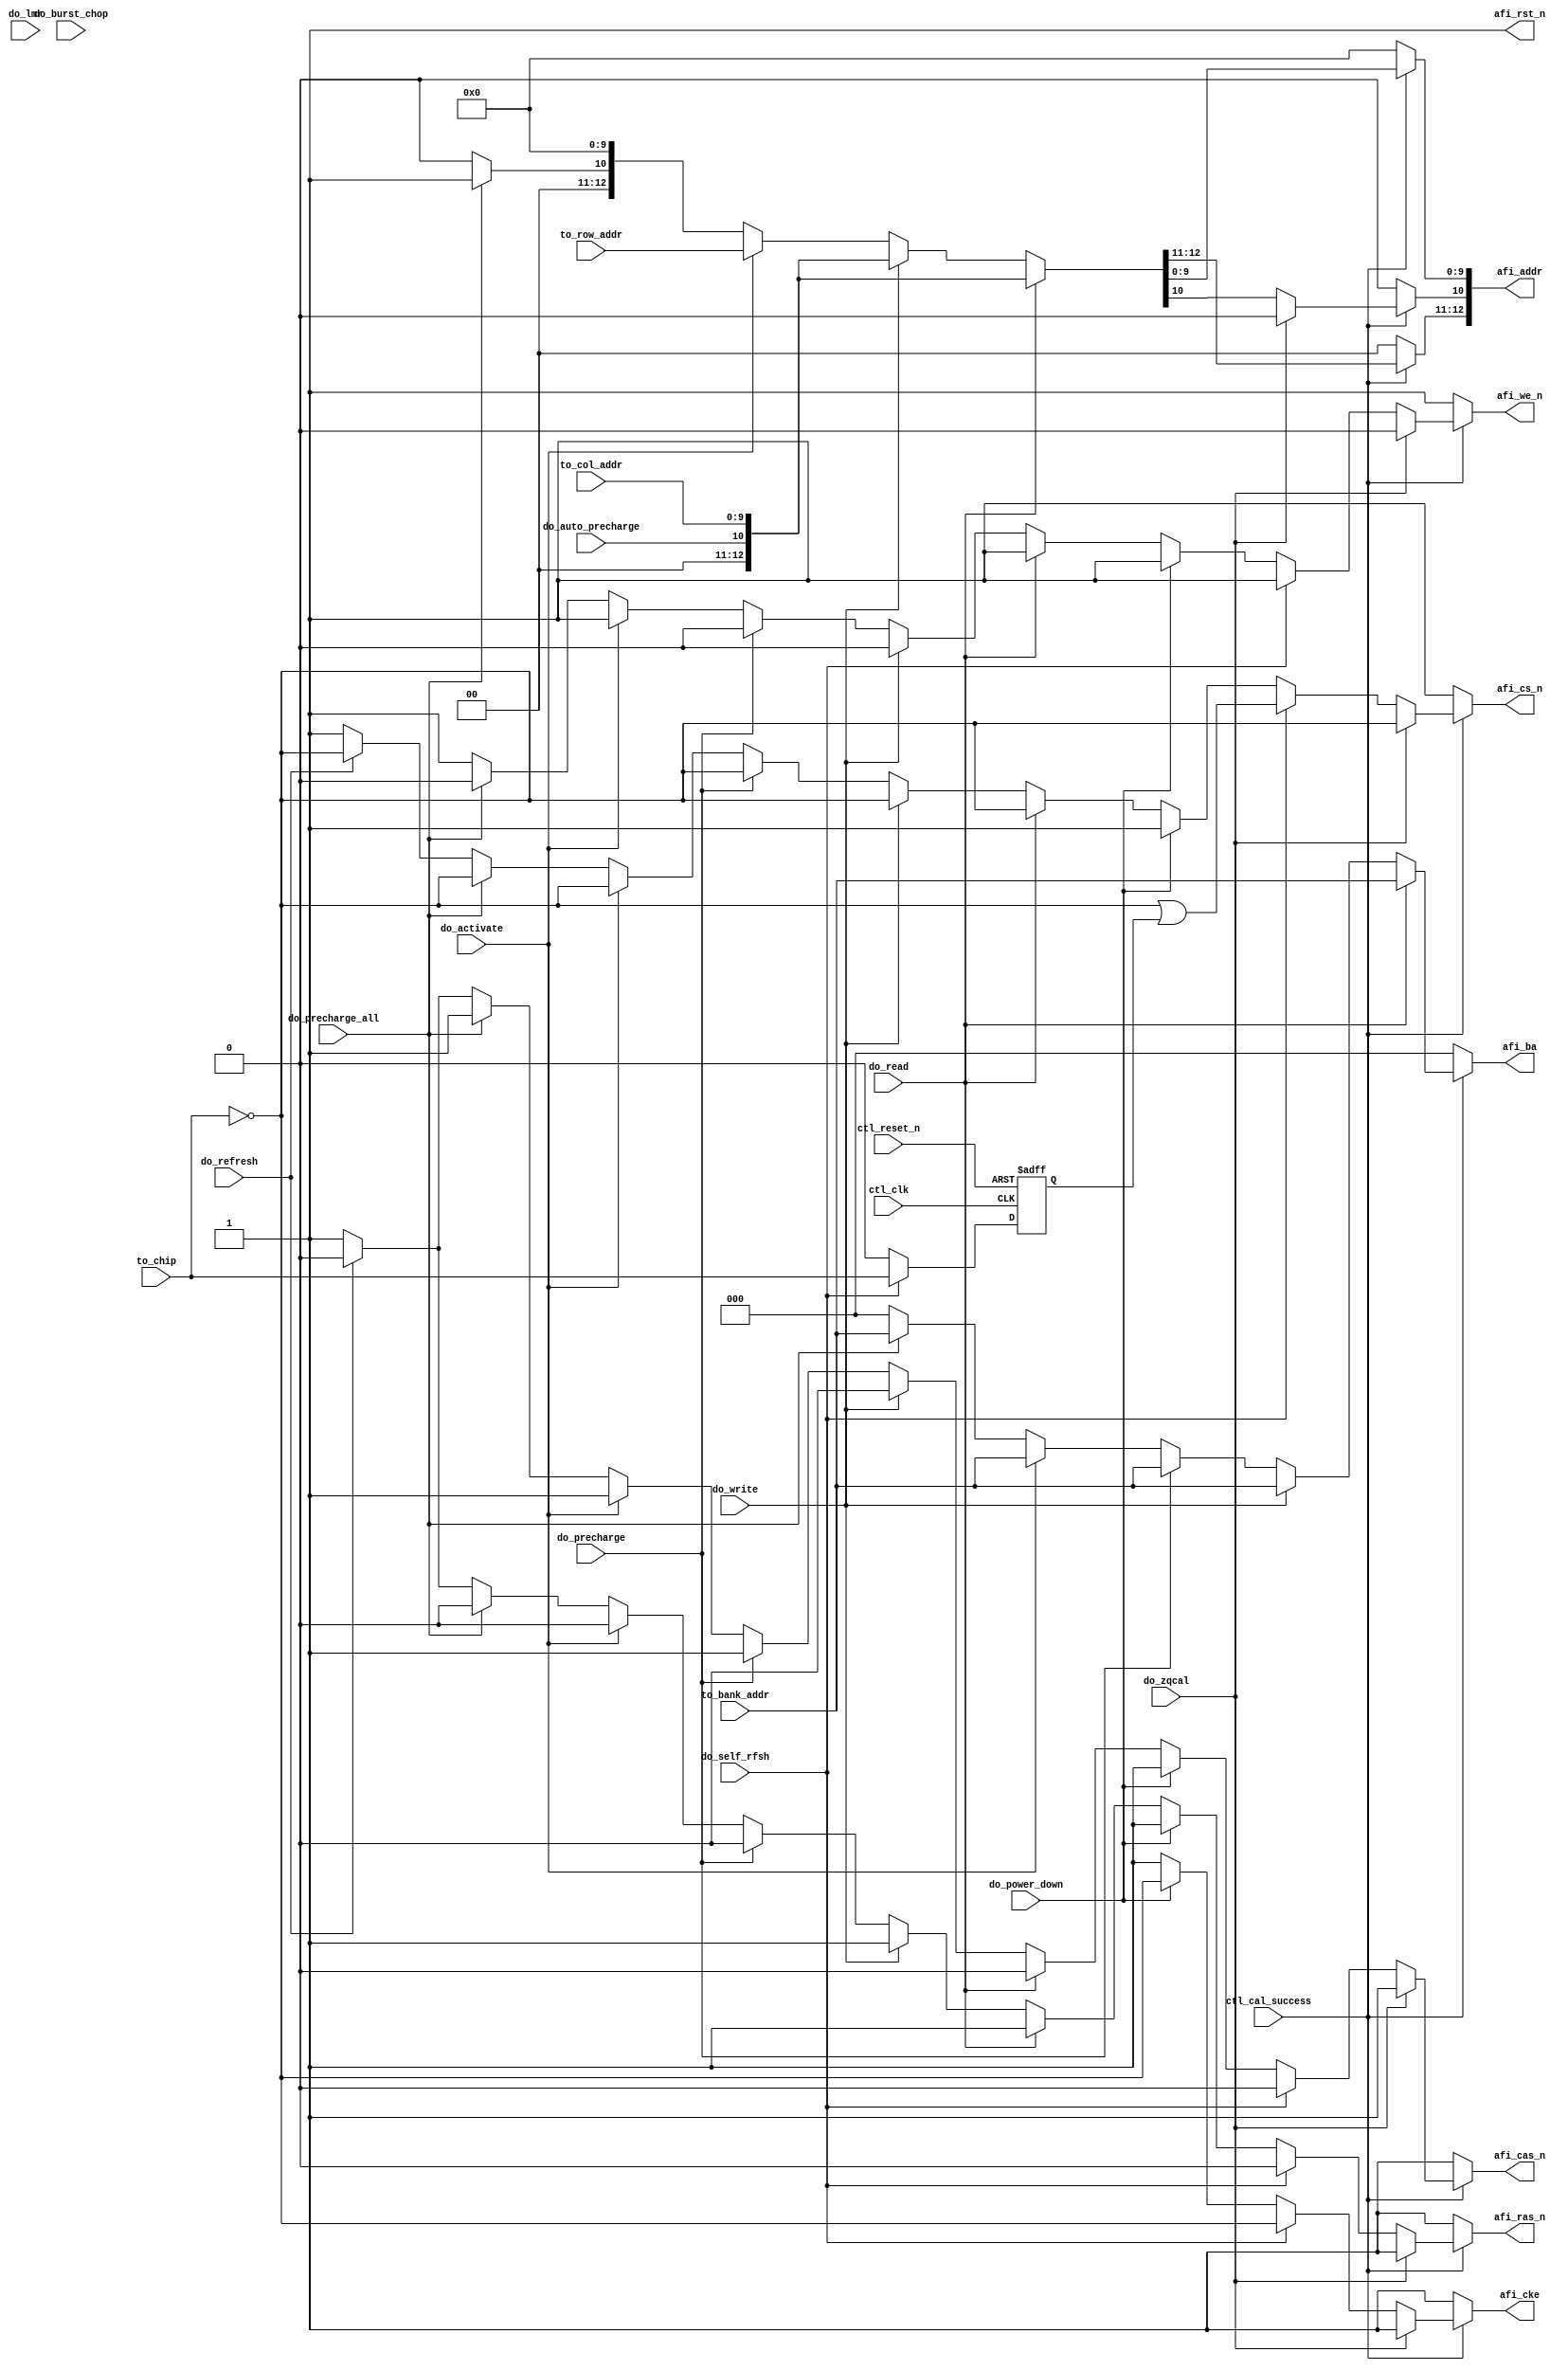
// (C) 2001-2011 Altera Corporation. All rights reserved.
// Your use of Altera Corporation's design tools, logic functions and other 
// software and tools, and its AMPP partner logic functions, and any output 
// files any of the foregoing (including device programming or simulation 
// files), and any associated documentation or information are expressly subject 
// to the terms and conditions of the Altera Program License Subscription 
// Agreement, Altera MegaCore Function License Agreement, or other applicable 
// license agreement, including, without limitation, that your use is for the 
// sole purpose of programming logic devices manufactured by Altera and sold by 
// Altera or its authorized distributors.  Please refer to the applicable 
// agreement for further details.




`timescale 1 ps / 1 ps
// altera message_off 10036
module ddr2_v10_1_0002_alt_ddrx_addr_cmd
    # (parameter
    
        MEM_IF_CS_WIDTH     = 1,
        MEM_IF_CKE_WIDTH    = 1,  
        MEM_IF_ADDR_WIDTH   = 13, 
        MEM_IF_ROW_WIDTH    = 13, 
        MEM_IF_COL_WIDTH    = 10, 
        MEM_IF_BA_WIDTH     = 3,  
        MEM_TYPE            = "DDR2",
        MEM_IF_PCHADDR_BIT  = 10,
        CTL_OUTPUT_REGD     = 0,
        DWIDTH_RATIO        = 2
    
    )
    (
    
        ctl_clk,
        ctl_reset_n,
        ctl_cal_success,
        
        do_write,
        do_read,
        do_auto_precharge,
        do_burst_chop,
        do_activate,
        do_precharge,
        do_refresh,
        do_power_down,
        do_self_rfsh,
        do_lmr,
        do_precharge_all,
        do_zqcal,
        
        to_chip, 
        to_bank_addr,
        to_row_addr,
        to_col_addr,
        
        afi_cke,
        afi_cs_n,
        afi_ras_n,
        afi_cas_n,
        afi_we_n,
        afi_ba,
        afi_addr,
        afi_rst_n
    );
    
    input ctl_clk;
    input ctl_reset_n;
    input ctl_cal_success;
    
    input do_write;
    input do_read;
    input do_auto_precharge;
    input do_burst_chop;
    input do_activate;
    input do_precharge;
    input do_refresh;
    input do_power_down;
    input do_self_rfsh;
    input do_lmr;
    input do_precharge_all;
    input do_zqcal;
    
    input   [MEM_IF_CS_WIDTH-1:0]   to_chip;
    input   [MEM_IF_BA_WIDTH-1:0]   to_bank_addr;
    input   [MEM_IF_ROW_WIDTH-1:0]  to_row_addr;
    input   [MEM_IF_COL_WIDTH-1:0]  to_col_addr;
    
    output  [(MEM_IF_CKE_WIDTH * (DWIDTH_RATIO/2)) - 1:0]   afi_cke;
    output  [(MEM_IF_CS_WIDTH * (DWIDTH_RATIO/2)) - 1:0]    afi_cs_n;
    output  [(DWIDTH_RATIO/2) - 1:0]                        afi_ras_n;
    output  [(DWIDTH_RATIO/2) - 1:0]                        afi_cas_n;
    output  [(DWIDTH_RATIO/2) - 1:0]                        afi_we_n;
    output  [(MEM_IF_BA_WIDTH * (DWIDTH_RATIO/2)) - 1:0]    afi_ba;
    output  [(MEM_IF_ADDR_WIDTH * (DWIDTH_RATIO/2)) - 1:0]  afi_addr;
    output  [(DWIDTH_RATIO/2) - 1:0]                        afi_rst_n;
    
    wire do_write;
    wire do_read;
    wire do_activate;
    wire do_precharge;
    wire do_refresh;
    wire do_power_down;
    wire do_self_rfsh;
    wire do_lmr;
    wire do_auto_precharge;
    wire do_precharge_all;
    
    wire    [(MEM_IF_CKE_WIDTH * (DWIDTH_RATIO/2)) - 1:0]   afi_cke;
    wire    [(MEM_IF_CS_WIDTH * (DWIDTH_RATIO/2)) - 1:0]    afi_cs_n;
    wire    [(DWIDTH_RATIO/2) - 1:0]                        afi_ras_n;
    wire    [(DWIDTH_RATIO/2) - 1:0]                        afi_cas_n;
    wire    [(DWIDTH_RATIO/2) - 1:0]                        afi_we_n;
    wire    [(MEM_IF_BA_WIDTH * (DWIDTH_RATIO/2)) - 1:0]    afi_ba;
    wire    [(MEM_IF_ADDR_WIDTH * (DWIDTH_RATIO/2)) - 1:0]  afi_addr;
    wire    [(DWIDTH_RATIO/2) - 1:0]                        afi_rst_n;
    
    reg [(MEM_IF_CKE_WIDTH) - 1:0]      int_cke;
    reg [(MEM_IF_CKE_WIDTH) - 1:0]      int_cke_r;
    reg [(MEM_IF_CS_WIDTH) - 1:0]       int_cs_n;
    reg                                 int_ras_n;
    reg                                 int_cas_n;
    reg                                 int_we_n;
    reg [(MEM_IF_BA_WIDTH) - 1:0]       int_ba;
    reg [(MEM_IF_ADDR_WIDTH) - 1:0]     int_addr;
    
    reg [(MEM_IF_CKE_WIDTH) - 1:0]      combi_cke;
    reg [(MEM_IF_CS_WIDTH) - 1:0]       combi_cs_n;
    reg                                 combi_ras_n;
    reg                                 combi_cas_n;
    reg                                 combi_we_n;
    reg [(MEM_IF_BA_WIDTH) - 1:0]       combi_ba;
    reg [(MEM_IF_ADDR_WIDTH) - 1:0]     combi_addr;
    
    wire    [(MEM_IF_ADDR_WIDTH) - 1:0] int_row;
    wire    [(MEM_IF_ADDR_WIDTH) - 1:0] temp_col;
    wire    [(MEM_IF_ADDR_WIDTH) - 1:0] int_col;

    reg [MEM_IF_CS_WIDTH-1:0]   chip_in_self_rfsh;
    
    assign int_row = {{(MEM_IF_ADDR_WIDTH - MEM_IF_ROW_WIDTH){1'b0}},to_row_addr};
    assign temp_col = {{(MEM_IF_ADDR_WIDTH - MEM_IF_COL_WIDTH){1'b0}},to_col_addr};
    assign afi_rst_n = {(DWIDTH_RATIO/2){1'b1}};
    
    generate
        if (MEM_TYPE == "DDR3" && MEM_IF_ADDR_WIDTH-3 < 11)
            assign int_col = {~do_burst_chop,temp_col[10:MEM_IF_PCHADDR_BIT],do_auto_precharge,temp_col[MEM_IF_PCHADDR_BIT-1:0]};
        else if (MEM_TYPE == "DDR3")
            assign int_col = {temp_col[MEM_IF_ADDR_WIDTH-3:11],~do_burst_chop,temp_col[10:MEM_IF_PCHADDR_BIT],do_auto_precharge,temp_col[MEM_IF_PCHADDR_BIT-1:0]};
        else if (MEM_IF_ADDR_WIDTH-2 < MEM_IF_PCHADDR_BIT)
            assign int_col = {do_auto_precharge,temp_col[MEM_IF_PCHADDR_BIT-1:0]};
        else
            assign int_col = {temp_col[MEM_IF_ADDR_WIDTH-2:MEM_IF_PCHADDR_BIT],do_auto_precharge,temp_col[MEM_IF_PCHADDR_BIT-1:0]};
    endgenerate
    
    generate
        if (DWIDTH_RATIO == 2)
            begin
                assign afi_cke      = int_cke;
                assign afi_cs_n     = int_cs_n;
                assign afi_ras_n    = int_ras_n;
                assign afi_cas_n    = int_cas_n;
                assign afi_we_n     = int_we_n;
                assign afi_ba       = int_ba;
                assign afi_addr     = int_addr;
            end
        else
            begin
                assign afi_cke      = {int_cke,int_cke_r};
                assign afi_cs_n     = {int_cs_n,{MEM_IF_CS_WIDTH{1'b1}}};
                assign afi_ras_n    = {int_ras_n,int_ras_n};
                assign afi_cas_n    = {int_cas_n,int_cas_n};
                assign afi_we_n     = {int_we_n,int_we_n};
                assign afi_ba       = {int_ba,int_ba};
                assign afi_addr     = {int_addr,int_addr};
            end
    endgenerate
    
    always @(posedge ctl_clk, negedge ctl_reset_n)
        begin
            if (!ctl_reset_n)
                int_cke_r   <=  {(MEM_IF_CKE_WIDTH){1'b0}};
            else
                int_cke_r   <=  int_cke;
        end
   
    always @(posedge ctl_clk, negedge ctl_reset_n)
        begin
            if (!ctl_reset_n)
                chip_in_self_rfsh   <=  {(MEM_IF_CS_WIDTH){1'b0}};
            else
                if (do_self_rfsh)
                    chip_in_self_rfsh   <=  to_chip;
                else
                    chip_in_self_rfsh   <=  {(MEM_IF_CS_WIDTH){1'b0}};
        end
   


    generate
        if (CTL_OUTPUT_REGD == 1)
            begin
                always @(posedge ctl_clk, negedge ctl_reset_n)
                    begin
                        if (!ctl_reset_n)
                            begin
                                int_cke     <=  {(MEM_IF_CKE_WIDTH){1'b1}};
                                int_cs_n    <=  {(MEM_IF_CS_WIDTH){1'b1}};
                                int_ras_n   <=  1'b1;
                                int_cas_n   <=  1'b1;
                                int_we_n    <=  1'b1;
                                int_ba      <=  {(MEM_IF_BA_WIDTH){1'b0}};
                                int_addr    <=  {(MEM_IF_ADDR_WIDTH){1'b0}};
                            end
                        else
                            begin
                                int_cke     <=  combi_cke;
                                int_cs_n    <=  combi_cs_n;
                                int_ras_n   <=  combi_ras_n;
                                int_cas_n   <=  combi_cas_n;
                                int_we_n    <=  combi_we_n;
                                int_ba      <=  combi_ba;
                                int_addr    <=  combi_addr;
                            end
                    end
            end
        else 
            begin
                always @(*)
                    begin
                        int_cke     <=  combi_cke;
                        int_cs_n    <=  combi_cs_n;
                        int_ras_n   <=  combi_ras_n;
                        int_cas_n   <=  combi_cas_n;
                        int_we_n    <=  combi_we_n;
                        int_ba      <=  combi_ba;
                        int_addr    <=  combi_addr;
                    end
            end
    endgenerate
    
    always @(*)
        begin
            if (ctl_cal_success)
                begin
                    combi_cke     =   {(MEM_IF_CKE_WIDTH){1'b1}};
                    combi_cs_n    =   {(MEM_IF_CS_WIDTH){1'b1}};
                    combi_ras_n   =   1'b1;
                    combi_cas_n   =   1'b1;
                    combi_we_n    =   1'b1;
                    combi_ba      =   {(MEM_IF_BA_WIDTH){1'b0}};
                    combi_addr    =   {(MEM_IF_ADDR_WIDTH){1'b0}};
                    
                    if (do_refresh)
                        begin
                            combi_cke     =  {(MEM_IF_CKE_WIDTH){1'b1}};
                            combi_cs_n    =  ~to_chip;
                            combi_ras_n   =  1'b0;
                            combi_cas_n   =  1'b0;
                            combi_we_n    =  1'b1;
                        end
                    
                    if (do_precharge_all)
                        begin
                            combi_cke     =  {(MEM_IF_CKE_WIDTH){1'b1}};
                            combi_cs_n    =  ~to_chip;
                            combi_ras_n   =  1'b0;
                            combi_cas_n   =  1'b1;
                            combi_we_n    =  1'b0;
                            combi_ba      =  to_bank_addr;
                            combi_addr[10]=  1'b1;
                        end
                    
                    if (do_activate)
                        begin
                            combi_cke     =  {(MEM_IF_CKE_WIDTH){1'b1}};
                            combi_cs_n    =  ~to_chip;
                            combi_ras_n   =  1'b0;
                            combi_cas_n   =  1'b1;
                            combi_we_n    =  1'b1;
                            combi_ba      =  to_bank_addr;
                            combi_addr    =  int_row;
                        end
                    
                    if (do_precharge)
                        begin
                            combi_cke     =  {(MEM_IF_CKE_WIDTH){1'b1}};
                            combi_cs_n    =  ~to_chip;
                            combi_ras_n   =  1'b0;
                            combi_cas_n   =  1'b1;
                            combi_we_n    =  1'b0;
                            combi_ba      =  to_bank_addr;
                        end
                    
                    if (do_write)
                        begin
                            combi_cke     =  {(MEM_IF_CKE_WIDTH){1'b1}};
                            combi_cs_n    =  ~to_chip;
                            combi_ras_n   =  1'b1;
                            combi_cas_n   =  1'b0;
                            combi_we_n    =  1'b0;
                            combi_ba      =  to_bank_addr;
                            combi_addr    =  int_col;
                        end
                    
                    if (do_read)
                        begin
                            combi_cke     =  {(MEM_IF_CKE_WIDTH){1'b1}};
                            combi_cs_n    =  ~to_chip;
                            combi_ras_n   =  1'b1;
                            combi_cas_n   =  1'b0;
                            combi_we_n    =  1'b1;
                            combi_ba      =  to_bank_addr;
                            combi_addr    =  int_col;
                        end
                    
                    if (do_power_down)
                        begin
                            combi_cke     =  ~to_chip;
                            combi_cs_n    =  {(MEM_IF_CS_WIDTH){1'b1}};
                            combi_ras_n   =  1'b1;
                            combi_cas_n   =  1'b1;
                            combi_we_n    =  1'b1;
                        end
                    
                    if (do_self_rfsh)
                        begin
                            combi_cke     =  ~to_chip;
                            combi_cs_n    =  (~to_chip | chip_in_self_rfsh);
                            combi_ras_n   =  1'b0;
                            combi_cas_n   =  1'b0;
                            combi_we_n    =  1'b1;
                        end
                    
                    if (do_zqcal)
                        begin
                            combi_cke     =  {(MEM_IF_CKE_WIDTH){1'b1}};
                            combi_cs_n    =  ~to_chip;
                            combi_ras_n   =  1'b1;
                            combi_cas_n   =  1'b1;
                            combi_we_n    =  1'b0;
                            combi_addr[10]=  1'b0; 
                        end
                end
            else
                begin
                    combi_cke     =  {(MEM_IF_CKE_WIDTH){1'b1}};
                    combi_cs_n    =  {(MEM_IF_CS_WIDTH){1'b1}};
                    combi_ras_n   =  1'b1;
                    combi_cas_n   =  1'b1;
                    combi_we_n    =  1'b1;
                    combi_ba      =  {(MEM_IF_BA_WIDTH){1'b0}};
                    combi_addr    =  {(MEM_IF_ADDR_WIDTH){1'b0}};
                end
        end

endmodule